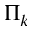
\Pi _ { k }